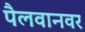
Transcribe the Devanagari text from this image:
पैलवानवर